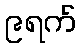
၉ရက်